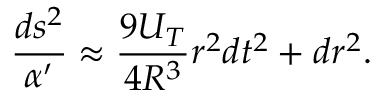
\frac { d s ^ { 2 } } { \alpha ^ { \prime } } \approx \frac { 9 U _ { T } } { 4 R ^ { 3 } } r ^ { 2 } d t ^ { 2 } + d r ^ { 2 } .